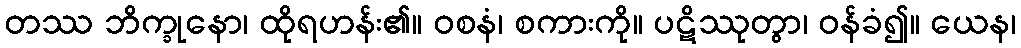
တဿ ဘိက္ခုနော၊ ထိုရဟန်း၏။ ဝစနံ၊ စကားကို။ ပဋိဿုတွာ၊ ဝန်ခံ၍။ ယေန၊